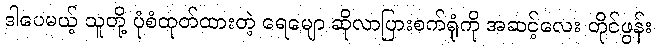
ဒါပေမယ့် သူတို့ ပုံစံထုတ်ထားတဲ့ ရေမျော ဆိုလာပြားစက်ရုံကို အဆင့်လေး တိုင်ဖွန်း